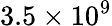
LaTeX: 3.5\times 10^{9}